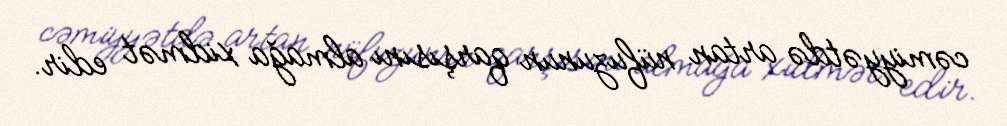
cəmiyyətdə artan nüfuzunun qarşısını almağa xidmət edir.